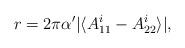
LaTeX: \begin{align*}r= 2\pi\alpha^\prime \vert \langle A_{11}^i - A_{22}^i \rangle\vert,\end{align*}